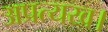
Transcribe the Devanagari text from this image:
अप्रत्यख।